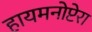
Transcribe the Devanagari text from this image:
हायमनोप्टेरा